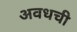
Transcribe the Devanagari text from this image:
अवधची